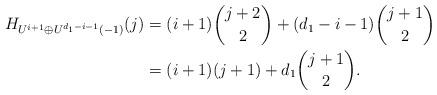
LaTeX: \begin{align*}H_{U^{i+1}\oplus U^{d_1-i-1}(-1)}(j)&=(i+1)\binom{j+2}{2}+(d_1-i-1)\binom{j+1}{2}\\&=(i+1)(j+1)+d_1\binom{j+1}{2}.\end{align*}